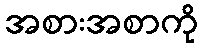
အစားအစာကို